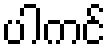
ပါကင်